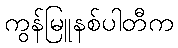
ကွန်မြူနစ်ပါတီက